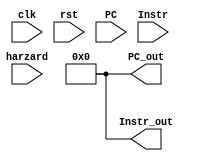
module IF_ID(clk, rst, PC, Instr, harzard, PC_out, Instr_out);

input clk;
input rst;
input[31: 0] PC;
input[31: 0] Instr;
input harzard;
output reg[31: 0] PC_out;
output reg[31: 0] Instr_out;

initial
    begin
    PC_out <= 0;
    Instr_out <= 0;
    end

always @(posedge rst)
    begin
    PC_out <= 0;
    Instr_out <= 0;
    end

always @(posedge clk)
  if (harzard)
      begin
      PC_out = 0;
      Instr_out = 0;
      end
  else
      begin
      PC_out = PC;
      Instr_out = Instr;
      end

endmodule